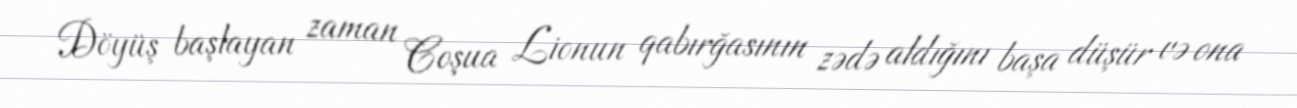
Döyüş başlayan zaman Coşua Lionun qabırğasının zədə aldığını başa düşür və ona